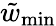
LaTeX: \tilde{w}_{\mathrm{min}}